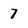
Character: 7